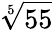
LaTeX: \sqrt[5]{55}